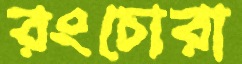
রংচোরা